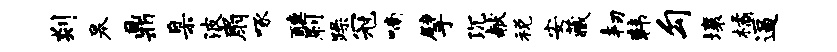
剡皋鼎臬波扇啄醺刷躁冠喃擘沉献税安藏韧韩勾壤橘逼